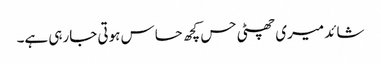
شائد میری چھٹی حس کچھ حساس ہوتی جارہی ہے۔